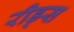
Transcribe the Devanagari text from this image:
रीड्स